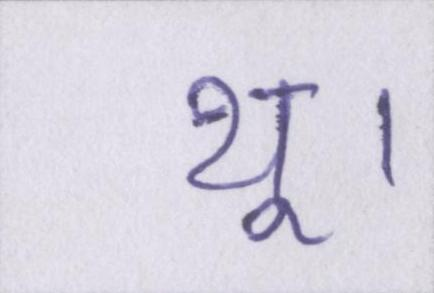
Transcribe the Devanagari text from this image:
थू।